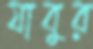
যাবুর